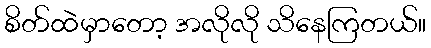
စိတ်ထဲမှာတော့ အလိုလို သိနေကြတယ်။